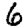
Digit: 6